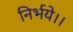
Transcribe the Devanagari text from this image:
निर्भये।।